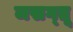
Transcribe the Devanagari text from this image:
जसग्तू